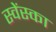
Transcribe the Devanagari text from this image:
स्वेंस्का